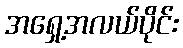
အရှေ့အလယ်ပိုင်း